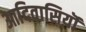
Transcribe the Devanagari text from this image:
आदिवासिय़ॊं